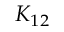
K _ { 1 2 }